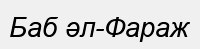
Баб әл-Фараж